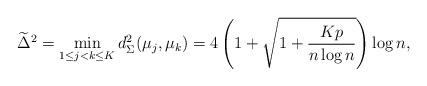
LaTeX: \begin{align*}\widetilde\Delta^2=\min_{1 \leq j < k \leq K} d_{\Sigma}^{2}(\mu_{j},\mu_{k}) = 4 \left(1+\sqrt{1+{Kp \over n \log{n}}}\right) \log{n},\end{align*}